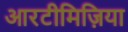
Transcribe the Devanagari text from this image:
आरटीमिज़िया